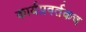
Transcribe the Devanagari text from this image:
कार्यप्रवर्तकच